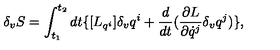
\delta _ { v } { S } = \int _ { t _ { 1 } } ^ { t _ { 2 } } d t \{ [ { L } _ { q ^ { i } } ] \delta _ { v } q ^ { i } + \frac { d } { d t } ( \frac { \partial { L } } { \partial \dot { q } ^ { j } } \delta _ { v } q ^ { j } ) \} ,